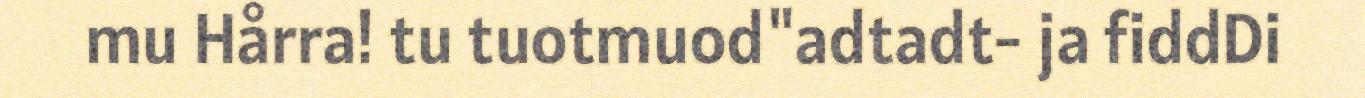
mu Hårra! tu tuotmuod"adtadt- ja fiddDi